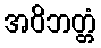
အဝိဘတ္တံ